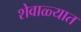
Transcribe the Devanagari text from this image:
शेवाळ्यात